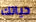
حياتك